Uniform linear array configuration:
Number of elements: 64
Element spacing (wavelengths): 0.5
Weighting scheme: blackman
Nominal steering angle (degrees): -30
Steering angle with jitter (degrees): -30.512
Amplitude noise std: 0.05
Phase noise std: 0.05

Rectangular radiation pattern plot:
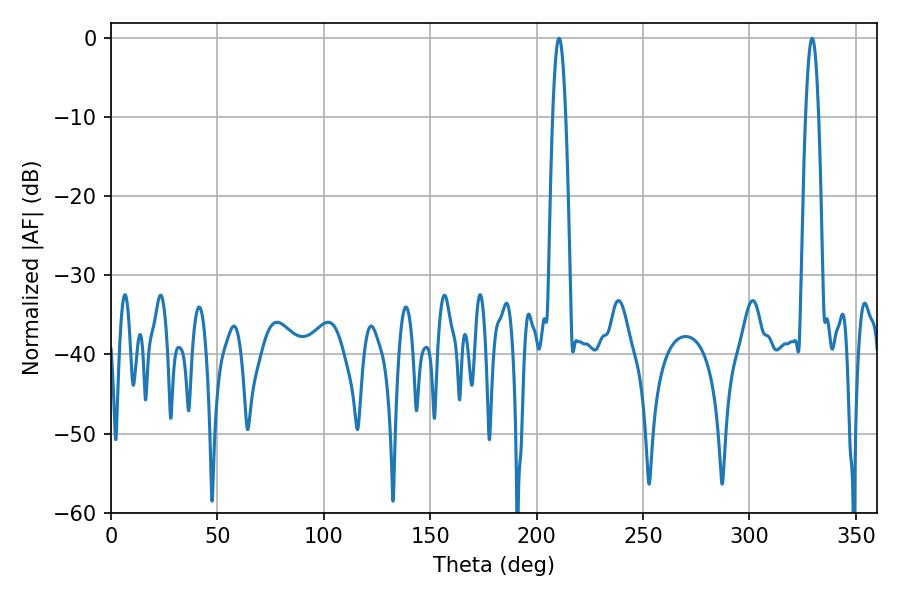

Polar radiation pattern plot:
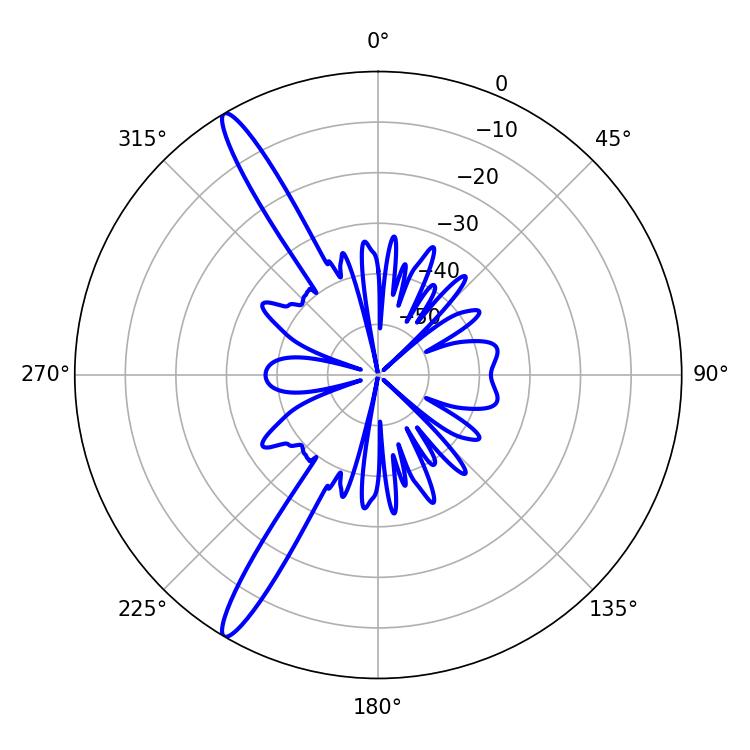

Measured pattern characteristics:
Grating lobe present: FALSE
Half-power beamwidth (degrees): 3.24
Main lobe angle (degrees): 210.6